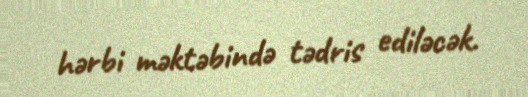
hərbi məktəbində tədris ediləcək.